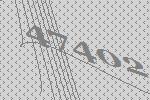
47402